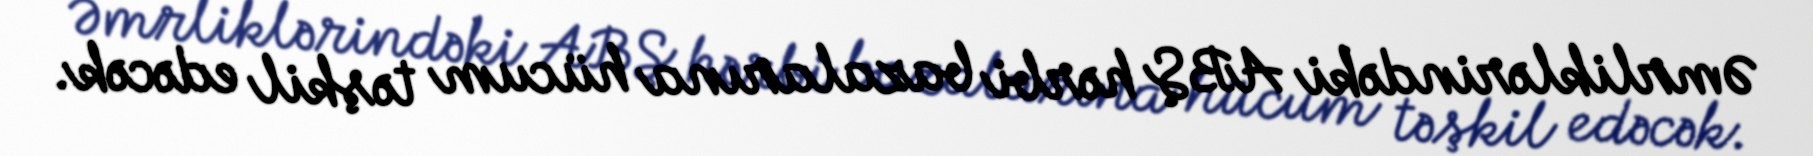
Əmrliklərindəki ABŞ hərbi bazalarına hücum təşkil edəcək.